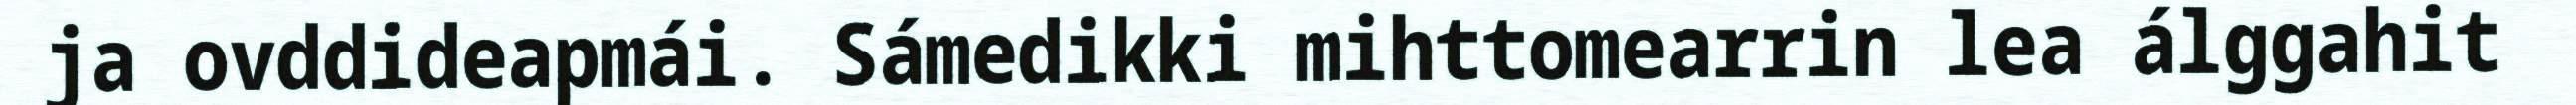
ja ovddideapmái. Sámedikki mihttomearrin lea álggahit